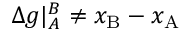
\Delta g | _ { A } ^ { B } \neq x _ { \mathrm { B } } - x _ { \mathrm { A } }